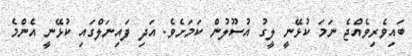
ބައިވެރިވެއްޖެ ނަމަ ކުޅޭނީ ލީގު އުސޫލުން ކަމަށެވެ. އަދި ފައިނަލްގައި ކުޅޭނީ އެންމެ